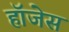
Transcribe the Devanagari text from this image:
हॉजेस